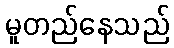
မူတည်နေသည်